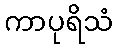
ကာပုရိသံ